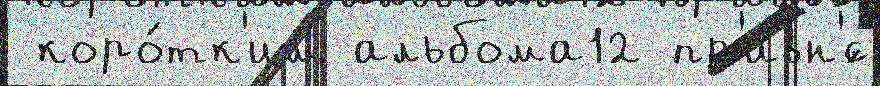
 коро́тк'им альбома12 пр'ивн'́с